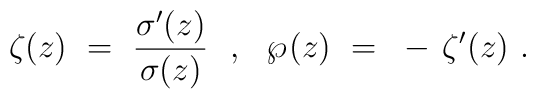
\zeta(z)~=~{\sigma^\prime(z) \over \sigma(z)}~~,~~ \wp \>\! (z)~=~- \, \zeta^\prime(z)~.